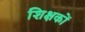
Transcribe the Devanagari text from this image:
शिक्षकों